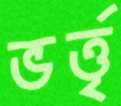
ভর্ত্তৃ